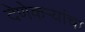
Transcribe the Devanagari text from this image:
देणेकऱ्यांचा